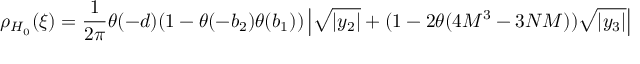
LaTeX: \rho _ { H _ { 0 } } ( \xi ) = \frac { 1 } { 2 \pi } \theta ( - d ) ( 1 - \theta ( - b _ { 2 } ) \theta ( b _ { 1 } ) ) \left| \sqrt { | y _ { 2 } | } + ( 1 - 2 \theta ( 4 M ^ { 3 } - 3 N M ) ) \sqrt { | y _ { 3 } | } \right|